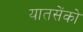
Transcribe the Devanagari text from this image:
यातसेंको